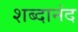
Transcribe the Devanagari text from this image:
शब्दानंद